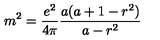
m ^ { 2 } = { \frac { e ^ { 2 } } { 4 \pi } } { \frac { a ( a + 1 - r ^ { 2 } ) } { a - r ^ { 2 } } }